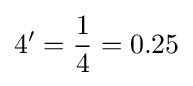
4'={\frac {1}{4}}=0.25